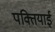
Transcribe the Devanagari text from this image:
पक्तियाई